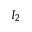
I _ { 2 }